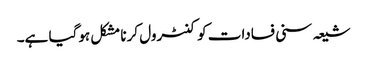
شیعہ سنی فسادات کو کنٹرول کرنا مشکل ہوگیا ہے۔